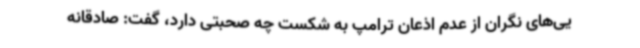
یی‌های نگران از عدم اذعان ترامپ به شکست چه صحبتی دارد، گفت: صادقانه